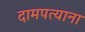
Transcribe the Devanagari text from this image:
दामपत्याना